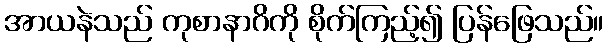
အာယနဲသည် ကုစာနာဂိကို စိုက်ကြည့်၍ ပြန်ဖြေသည်။